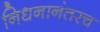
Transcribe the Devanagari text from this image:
निधनानंतरच